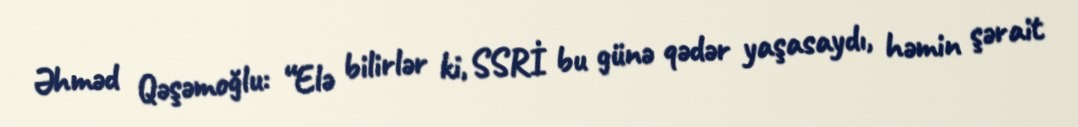
Əhməd Qəşəmoğlu: “Elə bilirlər ki, SSRİ bu günə qədər yaşasaydı, həmin şərait